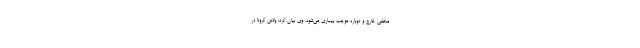
مخفی خارج و دوباره موجب بیماری می‌شود. وی بیان کرد: پادتن کرونا در